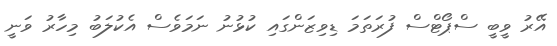
އޭރު ވީބީ ސްޕޯޓްސް ފުރަތަމަ ޑިވިޒަންގައި ކުޅުނު ނަމަވެސް އެކުލަބު މިހާރު ވަނީ